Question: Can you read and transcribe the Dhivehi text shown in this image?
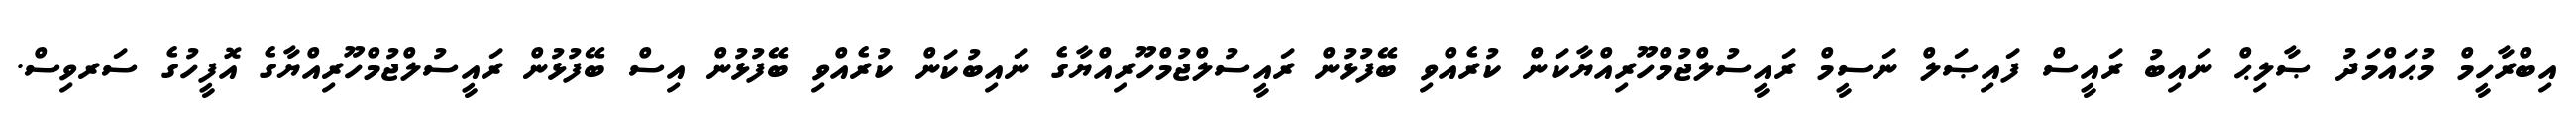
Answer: އިބްރާހީމް މުޙައްމަދު ޞާލިޙް ނައިބު ރައީސް ފައިޞަލް ނަސީމް ރައީސުލްޖުމްހޫރިއްޔާކަން ކުރެއްވި ބޭފުޅުން ރައީސުލްޖުމްހޫރިއްޔާގެ ނައިބުކަން ކުރެއްވި ބޭފުޅުން އިސް ބޭފުޅުން ރައީސުލްޖުމްހޫރިއްޔާގެ އޮފީހުގެ ސަރވިސް.